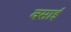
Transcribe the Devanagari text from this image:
वसाई